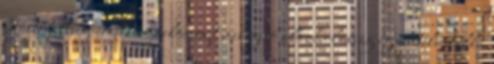
betöltő teltség-érzet, a nyelőcsövet melegítő alkoholosság igazi téli itallá